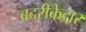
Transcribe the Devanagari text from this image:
बदरीकेदार